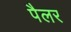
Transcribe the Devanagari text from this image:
पैलर